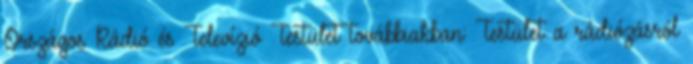
Országos Rádió és Televízió Testület továbbiakban: Testület a rádiózásról